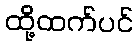
ထို့ထက်ပင်